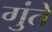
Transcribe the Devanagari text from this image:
गुंते